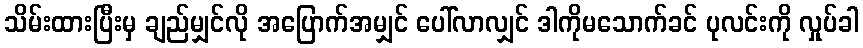
သိမ်းထားပြီးမှ ချည်မျှင်လို အပြောက်အမျှင် ပေါ်လာလျှင် ဒါကိုမသောက်ခင် ပုလင်းကို လှုပ်ခါ